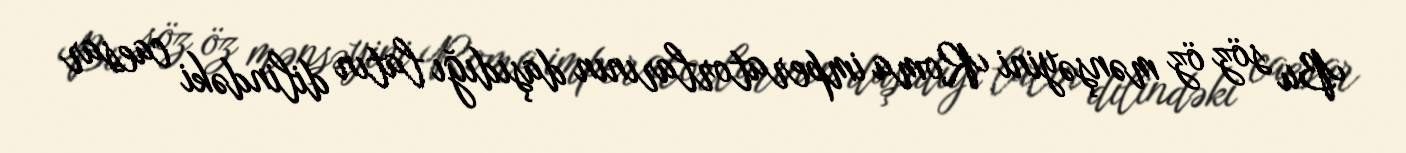
Bu söz öz mənşəyini Roma imperatorlarının daşıdığı latın dilindəki caesar